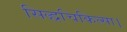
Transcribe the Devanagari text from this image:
सिद्धचिकित्सा।